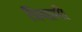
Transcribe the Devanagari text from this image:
त्रियामी